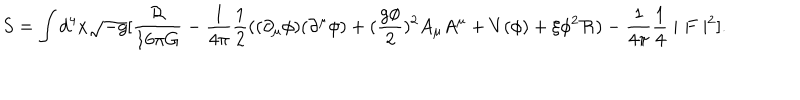
S = \int d ^ { 4 } x \sqrt { - g } [ \frac { \mathcal { R } } { 1 6 \pi G } - \frac { 1 } { 4 \pi } \frac { 1 } { 2 } ( ( \partial _ { \mu } \phi ) ( \partial ^ { \mu } \phi ) + ( \frac { g \phi } { 2 } ) ^ { 2 } A _ { \mu } A ^ { \mu } + V ( \phi ) + \xi \phi ^ { 2 } \mathcal { R } ) - \frac { 1 } { 4 \pi } \frac { 1 } { 4 } \mid F \mid ^ { 2 } ] .